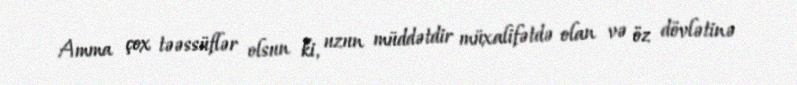
Amma çox təəssüflər olsun ki, uzun müddətdir müxalifətdə olan və öz dövlətinə